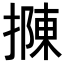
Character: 𢴟